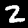
Label: 2